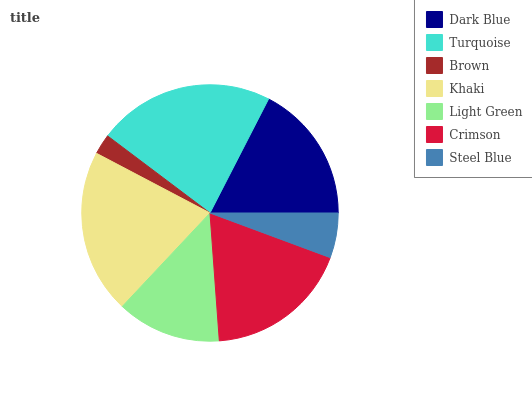
| Dark Blue | Turquoise | Brown | Khaki | Light Green | Crimson | Steel Blue |
 | --- | --- | --- | --- | --- | --- | --- |
 | 17.5% | 22.3% | 2.56% | 20.7% | 13.1% | 18.1% | 5.65% |